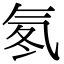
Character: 氡